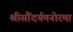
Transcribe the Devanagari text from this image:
श्रीसौंदर्यमनोरमा